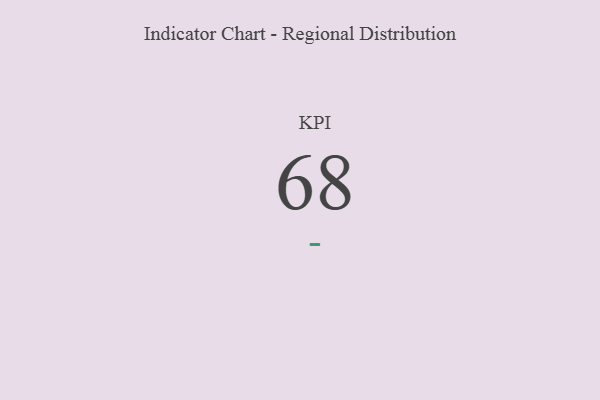
{"axis": {"x": "KPI", "y": "Value"}, "legend": [""], "data": [{"x": "KPI", "y": 68, "type": ""}]}